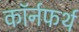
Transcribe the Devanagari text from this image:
कॉर्नफर्थ